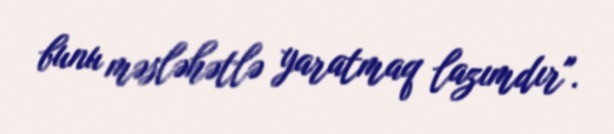
bunu məsləhətlə yaratmaq lazımdır".